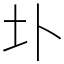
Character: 圤